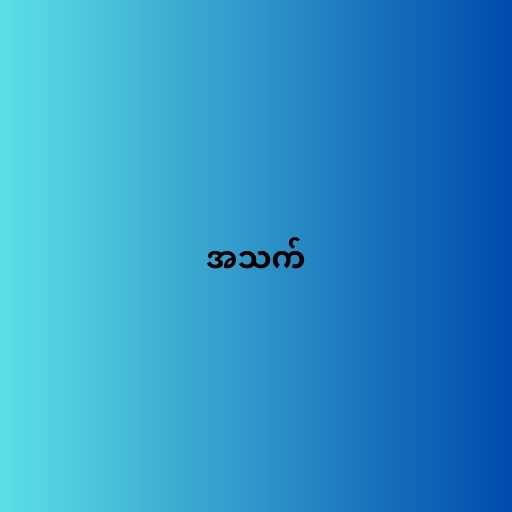
အသက်